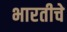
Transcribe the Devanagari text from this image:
भारतीचे